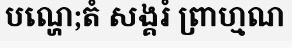
បណ្ហេ;តំ សង្គរំ ព្រាហ្មណ